Second report of the anti-malarial operations at Mian Mir, 1901-1903 - Number 9
Year: 1901
Disease focus: Malaria
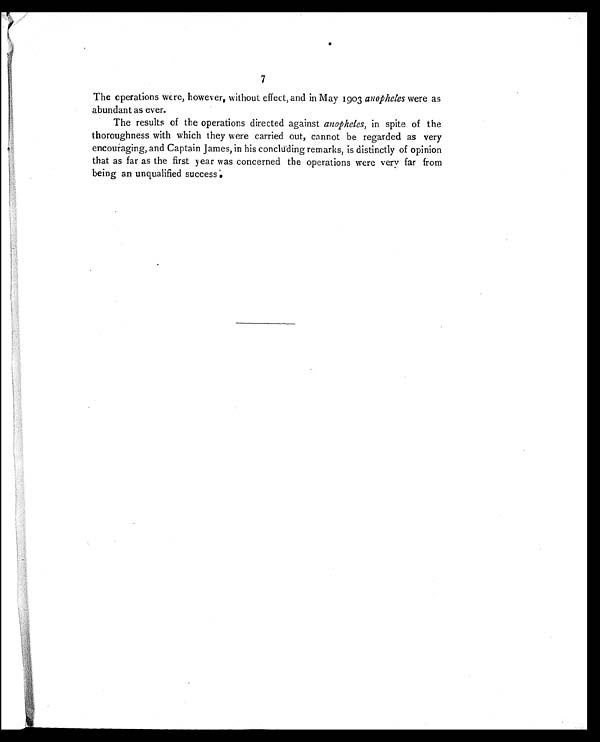
7
The operations were, however, without effect, and in May 1903 anopheles were as
abundant as ever.
The results of the operations directed against anopheles, in spite of the
thoroughness with which they were carried out, cannot be regarded as very
encouraging, and Captain James, in his concluding remarks, is distinctly of opinion
that as far as the first year was concerned the operations were very far from
being an unqualified success.